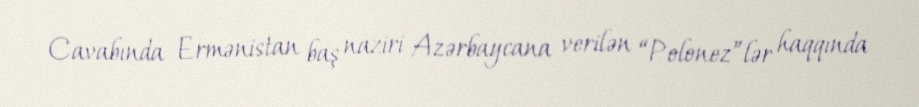
Cavabında Ermənistan baş naziri Azərbaycana verilən “Polonez”lər haqqında